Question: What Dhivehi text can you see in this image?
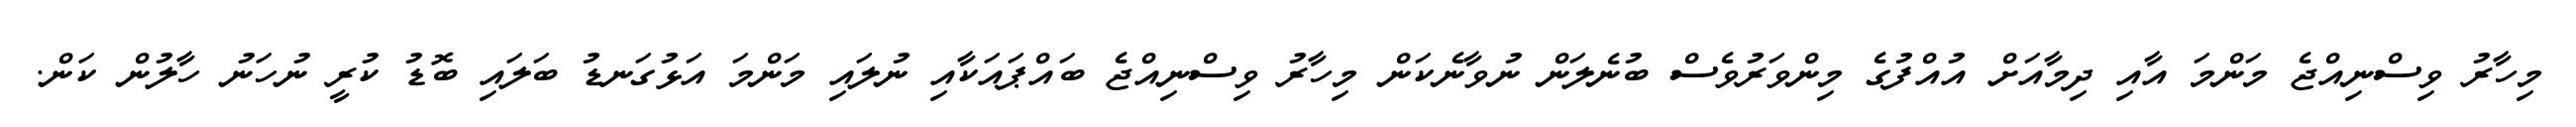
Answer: މިހާރު ވިސްނިއްޖެ މަންމަ އާއި ދިމާއަށް އުއްފުގެ މިންވަރުވެސް ބުނެލަން ނުވާނެކަން މިހާރު ވިސްނިއްޖެ ބައްޕައަކާއި ނުލައި މަންމަ އަޅުގަނޑު ބަލައި ބޮޑު ކުރީ ނުހަނު ހާލުން ކަން.